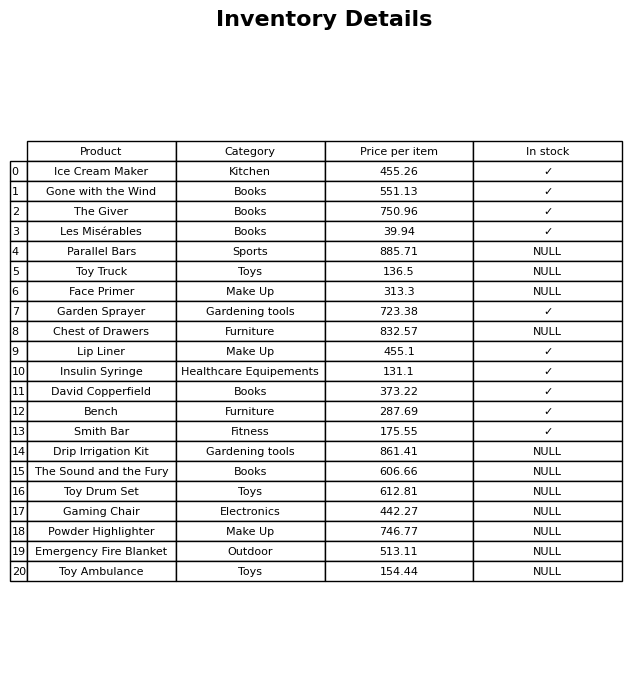
question: Is the Emergency Fire Blanket in stock?
answer: NULL